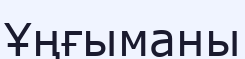
Ұңғыманы